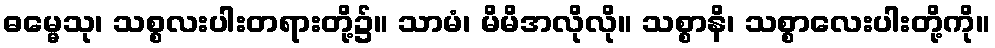
ဓမ္မေသု၊ သစ္စလးပါးတရားတို့၌။ သာမံ၊ မိမိအလိုလို။ သစ္စာနိ၊ သစ္စာလေးပါးတို့ကို။